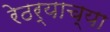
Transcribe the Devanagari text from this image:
रेठर्‍याच्या